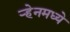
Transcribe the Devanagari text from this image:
ऱ्हेनमध्ये